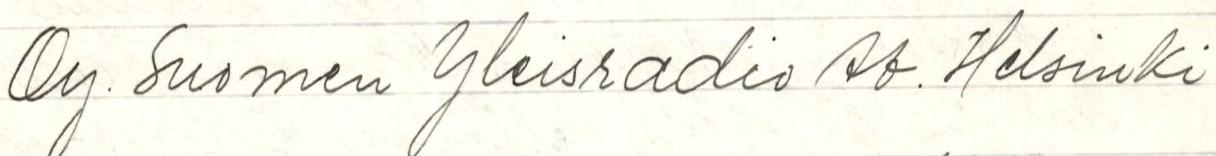
Oy. Suomen Yleisradio Ab. Helsinki